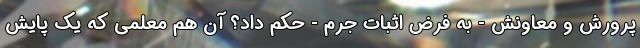
پرورش و معاونش - به فرض اثبات جرم - حکم داد؟ آن هم معلمی که یک پایش